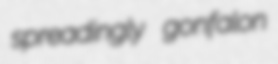
spreadingly gonfalon